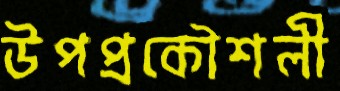
উপপ্রকৌশলী